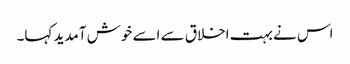
اس نے بہت اخلاق سے اسے خوش آمدید کہا۔